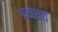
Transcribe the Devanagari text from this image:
अवाश्य